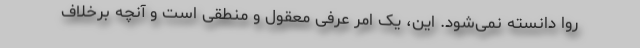
روا دانسته نمی‌شود. این، یک امر عرفی معقول و منطقی است و آنچه برخلاف